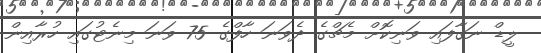
ލީޑް ނަގާފައި ވަނިކޮށް މެޗްގެ ދެވަނަ ހާފްގެ 75 ވަނަ މިނެޓުގައި ހުރާއިން